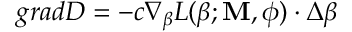
g r a d D = - c \nabla _ { \boldsymbol { \beta } } L ( \boldsymbol { \beta } ; \mathbf { M } , \boldsymbol { \phi } ) \cdot \Delta \boldsymbol { \beta }